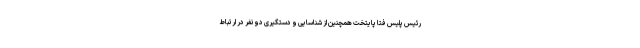
رئیس پلیس فتا پایتخت همچنین از شناسایی و دستگیری دو نفر در ارتباط